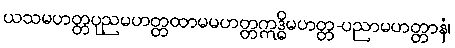
ယသမဟတ္တပုညမဟတ္တထာမမဟတ္တဣဒ္ဓိမဟတ္တ-ပညာမဟတ္တာနံ၊